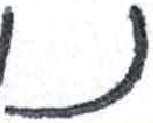
אות: נ